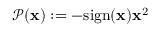
\mathcal { P } ( \mathbf { x } ) : = - \mathrm { s i g n } ( \mathbf { x } ) \mathbf { x } ^ { 2 }